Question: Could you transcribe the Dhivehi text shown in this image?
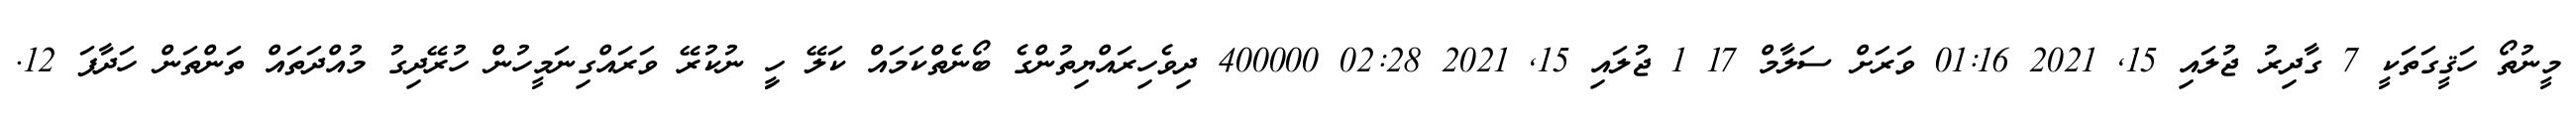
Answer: މީނުތޯ ހަޤީގަތަކީ 7 ގާދިރު ޖުލައި 15, 2021 01:16 ވަރަށް ސަލާމް 17 1 ޖުލައި 15, 2021 02:28 400000 ދިވެހިރައްޔިތުންގެ ބޯނެތްކަމައް ކަލޭ ހިީ ނުކުރޭ ވަރައްގިނަމީހުން ހުރޭދިގު މުއްދަތައް ތަންތަން ހަދާފަ 12.